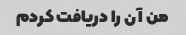
من آن را دریافت کردم